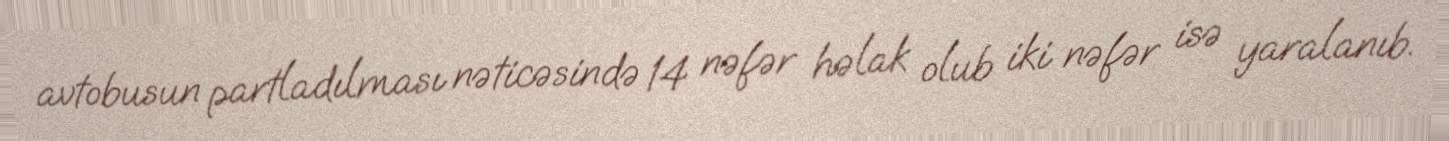
avtobusun partladılması nəticəsində 14 nəfər həlak olub iki nəfər isə yaralanıb.